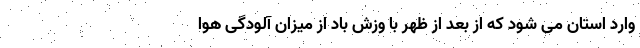
وارد استان می شود که از بعد از ظهر با وزش باد از میزان آلودگی هوا